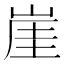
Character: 崖